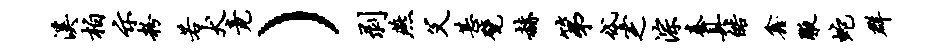
溪柏示粉若犬竟）剥燕父甚甓赫第黛之淙秦具皓鑫腋蛇群